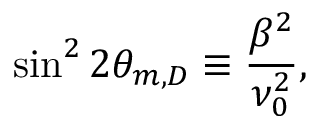
\sin ^ { 2 } 2 \theta _ { m , D } \equiv \frac { \beta ^ { 2 } } { \nu _ { 0 } ^ { 2 } } ,